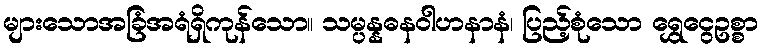
များသောအခြံအရံရှိကုန်သော။ သမ္ပန္နဓနဝါဟနာနံ၊ ပြည့်စုံသော ရွှေငွေဥစ္စာ